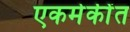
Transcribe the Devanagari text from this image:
एकमेकींत